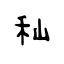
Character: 秈